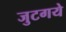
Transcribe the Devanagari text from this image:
जुटगये